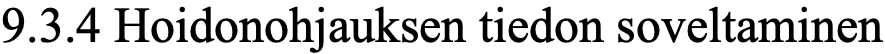
9.3.4 Hoidonohjauksen tiedon soveltaminen